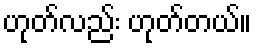
ဟုတ်လည်း ဟုတ်တယ်။